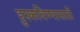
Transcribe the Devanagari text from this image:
हुस्कविण्यासाठी